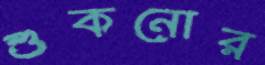
শুকনোর